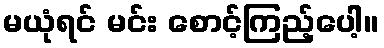
မယုံရင် မင်း စောင့်ကြည့်ပေါ့။